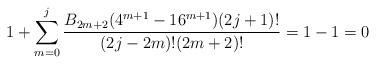
LaTeX: \begin{align*}1 + \sum _{m=0}^j \frac{B_{2 m+2}(4^{m+1}-16^{m+1}) (2 j+1)!}{(2 j-2 m)!(2 m+2)!} = 1-1=0\end{align*}